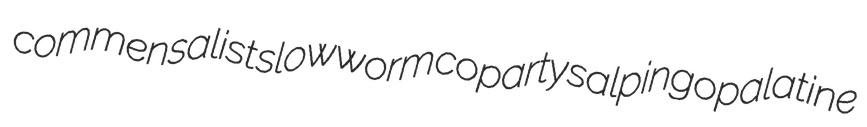
commensalist slowworm coparty salpingopalatine